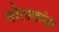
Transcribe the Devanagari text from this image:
तोलतांना